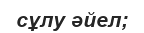
сұлу әйел;